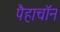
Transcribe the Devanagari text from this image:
पैहाचॉन